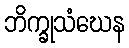
ဘိက္ခုသံဃေန